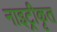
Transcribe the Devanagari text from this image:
नाइट्रीकृत